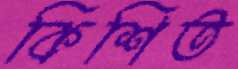
কিশিত